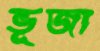
ভূজা